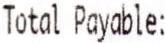
TOTAL PAYABLE: